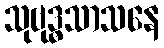
သုဗုဒ္ဓသာသနေ